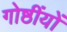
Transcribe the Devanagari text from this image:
गोष्ठींयों